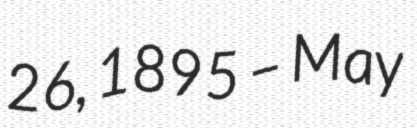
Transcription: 26, 1895 – May